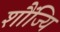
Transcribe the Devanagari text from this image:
शौंज्यि